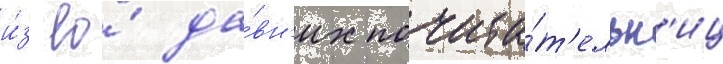
и́з ео́ да́вн'их почита́т'ельн'иц